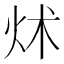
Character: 炢